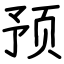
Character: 预